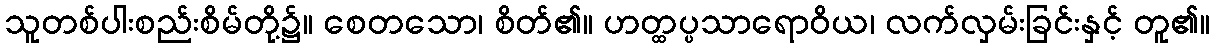
သူတစ်ပါးစည်းစိမ်တို့၌။ စေတသော၊ စိတ်၏။ ဟတ္ထပ္ပသာရောဝိယ၊ လက်လှမ်းခြင်းနှင့် တူ၏။